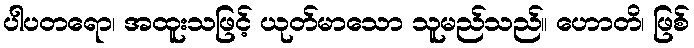
ပါပတရော၊ အထူးသဖြင့် ယုတ်မာသော သူမည်သည်။ ဟောတိ၊ ဖြစ်